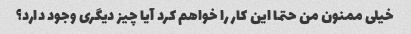
خیلی ممنون من حتما این کار را خواهم کرد آیا چیز دیگری وجود دارد؟